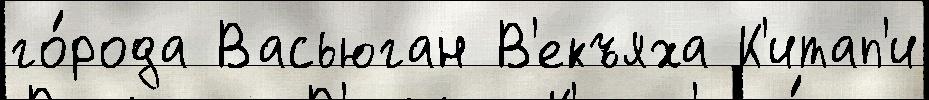
го́рода Васьюган В'екъяха К'итап'и